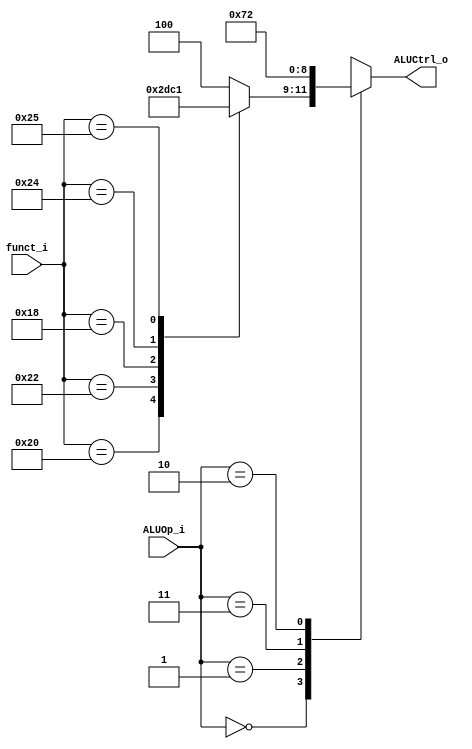
module ALU_Control(
    funct_i,
    ALUOp_i,
    ALUCtrl_o
);

input	[5:0]	funct_i;
input	[1:0]	ALUOp_i;
output	[2:0]	ALUCtrl_o;

reg	[2:0]	aluCtrl_temp;

assign	ALUCtrl_o = aluCtrl_temp;

always@ (*)	begin
	case(ALUOp_i)
		2'b00:	// 	R-type
			begin
				case(funct_i)
					6'b100000:	aluCtrl_temp = 3'b010;	// +
					6'b100010:	aluCtrl_temp = 3'b110;	// -
					6'b011000:	aluCtrl_temp = 3'b111;	// *
					6'b100100:	aluCtrl_temp = 3'b000;	// &
					6'b100101:	aluCtrl_temp = 3'b001;	// |
					default:	aluCtrl_temp = 3'b100;  // nop
				endcase
			end
		2'b01:	// Or
			aluCtrl_temp = 3'b001;
		2'b11:	// Subtract
			aluCtrl_temp = 3'b110;
		2'b10:	// Add
			aluCtrl_temp = 3'b010;
	endcase
end

endmodule